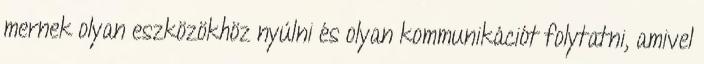
mernek olyan eszközökhöz nyúlni és olyan kommunikációt folytatni, amivel